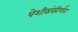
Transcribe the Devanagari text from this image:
पेशीसंकीर्णन